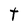
Character: t